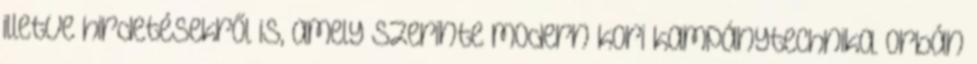
illetve hirdetésekről is, amely szerinte modern kori kampánytechnika. Orbán